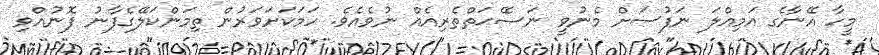
މީހާ އޭނާގެ އަމިއްލަ ނަފުސަށް މެނުވީ ނަޞޭޙަތްތެރިއެއް ނުވެއެވެ. ހަމަކަށަވަރުން ތިމަންކަލޭގެފާނު ފޮނުއްވި